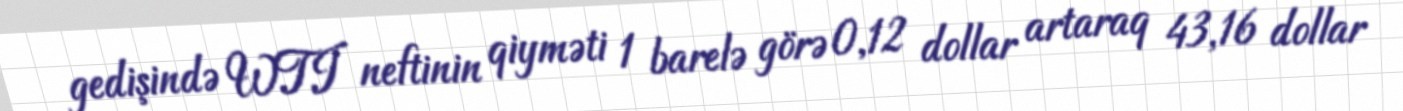
gedişində WTI neftinin qiyməti 1 barelə görə 0,12 dollar artaraq 43,16 dollar